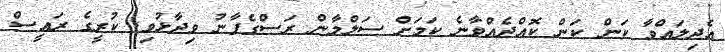
އެދިލައްވާ ކަން ކަން ކޮއްދެއްވާނެ ކަމަށް ސަލްމާން ރަސްގެފާނު ވިދާޅުވި